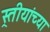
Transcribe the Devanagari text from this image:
स्र्तीयांच्या